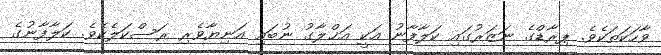
ވާހަކަތަކެވެ. ޕިރާޑްގެ ނަޒަރުގައި ކަލާފާނު އަކީ އަޚްލާގު ނުބައި އަނިޔާވެރި ރަސްކަލެކެވެ. ކަލާފާނުގެ